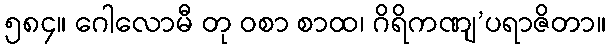
၅၈၄။ ဂေါလောမီ တု ဝစာ စာထ၊ ဂိရိကဏျ’ပရာဇိတာ။